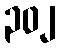
၃၀၂